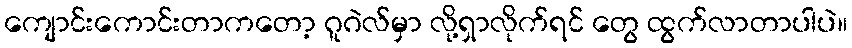
ကျောင်းကောင်းတာကတော့ ဂူဂဲလ်မှာ လို့ရှာလိုက်ရင် တွေ ထွက်လာတာပါပဲ။